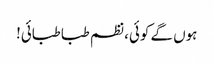
ہوں گے کوئی، نظم طبا طبائی!